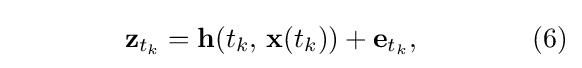
\qquad \qquad \mathbf {z} _{t_{k}}=\mathbf {h} (t_{k}{\text{, }}\mathbf {x} (t_{k}))+\mathbf {e} _{t_{k}},\qquad \qquad (6)